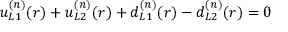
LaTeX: u _ { L 1 } ^ { ( n ) } ( r ) + u _ { L 2 } ^ { ( n ) } ( r ) + d _ { L 1 } ^ { ( n ) } ( r ) - d _ { L 2 } ^ { ( n ) } ( r ) = 0